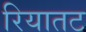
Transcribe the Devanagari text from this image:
रियातट